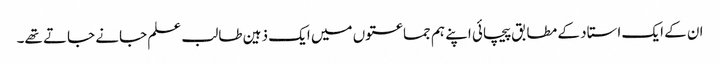
ان کے ایک استاد کے مطابق پیچائی اپنے ہم جماعتوں میں ایک ذہین طالب علم جانے جاتے تھے۔